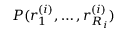
P ( r _ { 1 } ^ { ( i ) } , \ldots , r _ { R _ { i } } ^ { ( i ) } )